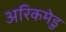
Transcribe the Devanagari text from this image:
अरिकमेडु